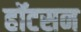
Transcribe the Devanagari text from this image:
हॉटसन